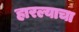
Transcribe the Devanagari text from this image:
हारल्याचा